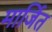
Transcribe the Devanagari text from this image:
मार्जित